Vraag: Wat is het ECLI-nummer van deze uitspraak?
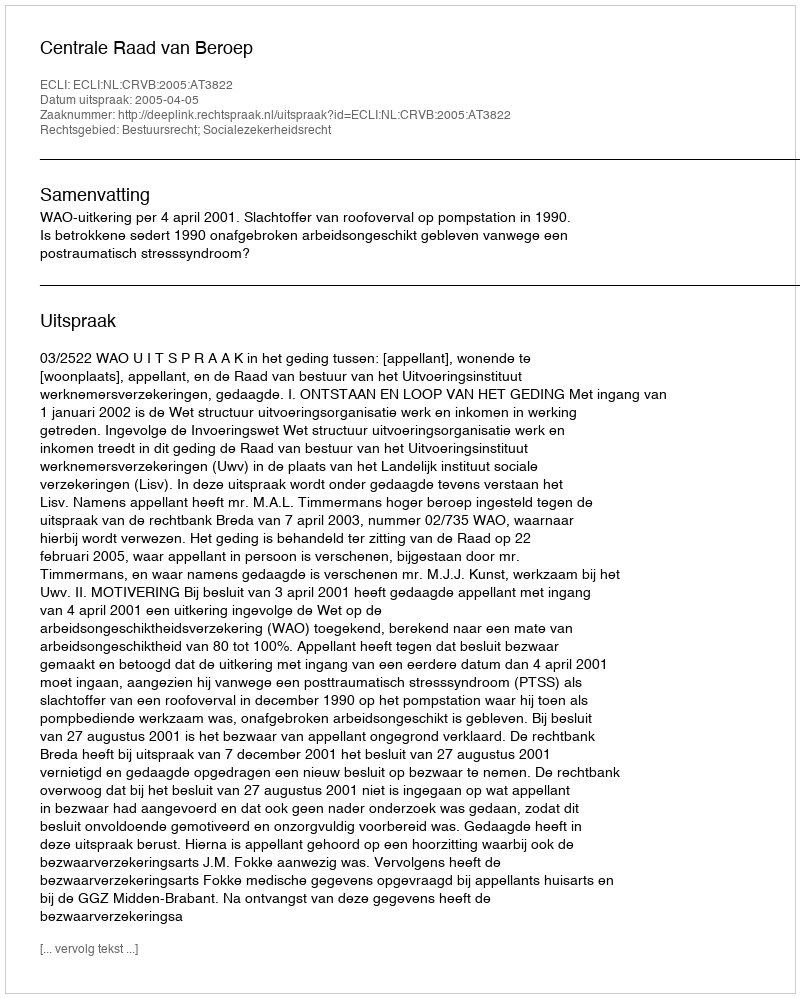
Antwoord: ECLI:NL:CRVB:2005:AT3822